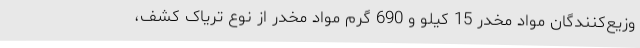
وزیع‌کنندگان مواد مخدر 15 کیلو و 690 گرم مواد مخدر از نوع تریاک کشف،